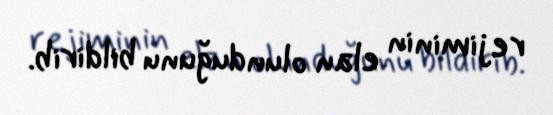
rejiminin elan olunduğunu bildirib.